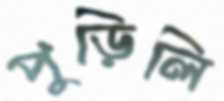
পুড়িলি